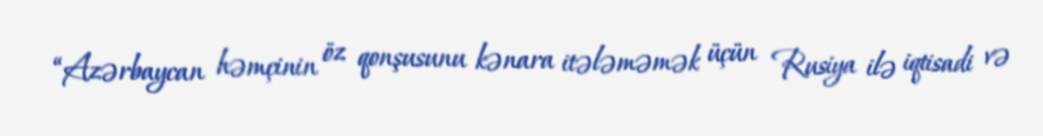
“Azərbaycan həmçinin öz qonşusunu kənara itələməmək üçün Rusiya ilə iqtisadi və